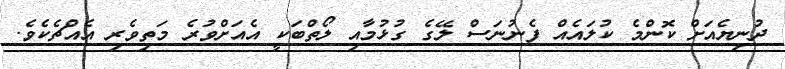
ދުނިޔެއަށް ކޮންމެ ކުލައެއް ފެނުނަސް ލޭގެ ގުޅުމާއި ލޯތްބަކީ އެއަށްވުރެ މަތިވެރި އެއްޗެކެވެ.